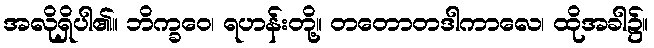
အလိုရှိပါ၏။ ဘိက္ခဝေ၊ ရဟန်းတို့။ တတောတဒါကာလေ၊ ထိုအခါ၌။